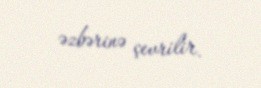
əzbərinə çevrilir.